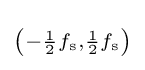
\scriptstyle \left(-{\frac {1}{2}}f_{\mathrm {s} },{\frac {1}{2}}f_{\mathrm {s} }\right)